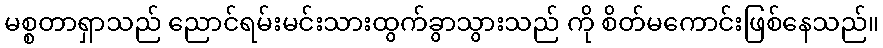
မစ္စတာရှာသည် ညောင်ရမ်းမင်းသားထွက်ခွာသွားသည် ကို စိတ်မကောင်းဖြစ်နေသည်။